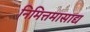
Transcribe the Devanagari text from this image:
निमित्तमासाद्य